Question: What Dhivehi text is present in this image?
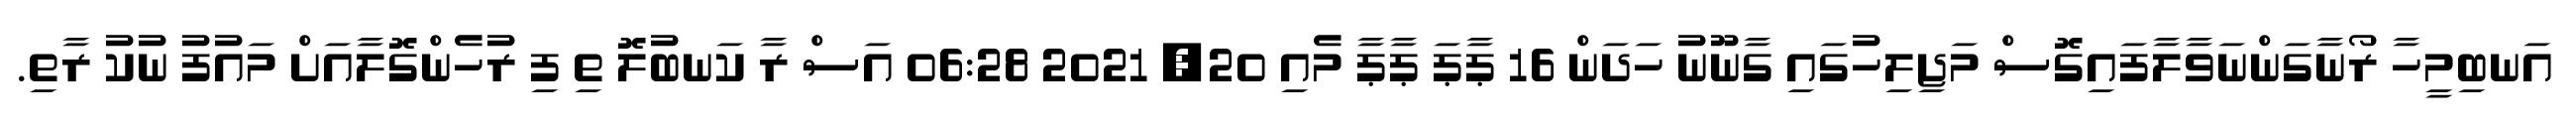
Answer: އަނބިމީހާ ރޯނާގަންނަވާލާފައިގޮސް މަޖިލިހުގައި ގާނޫނު ހަދަން 16 ޕާޕަ ޕާޕާ މެއި 20, 2021 06:28 އަސް ރާ ކަނބުލޮ ތި ފި ރުހެންގޮލާއަށް މައުފު ނުކު ރާތި.